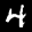
Label: 4